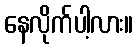
နေလိုက်ပါ့လား။